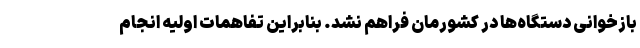
بازخوانی دستگاه‌ها در کشورمان فراهم نشد. بنابراین تفاهمات اولیه انجام